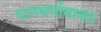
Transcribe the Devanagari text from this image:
दानधर्माबाबत